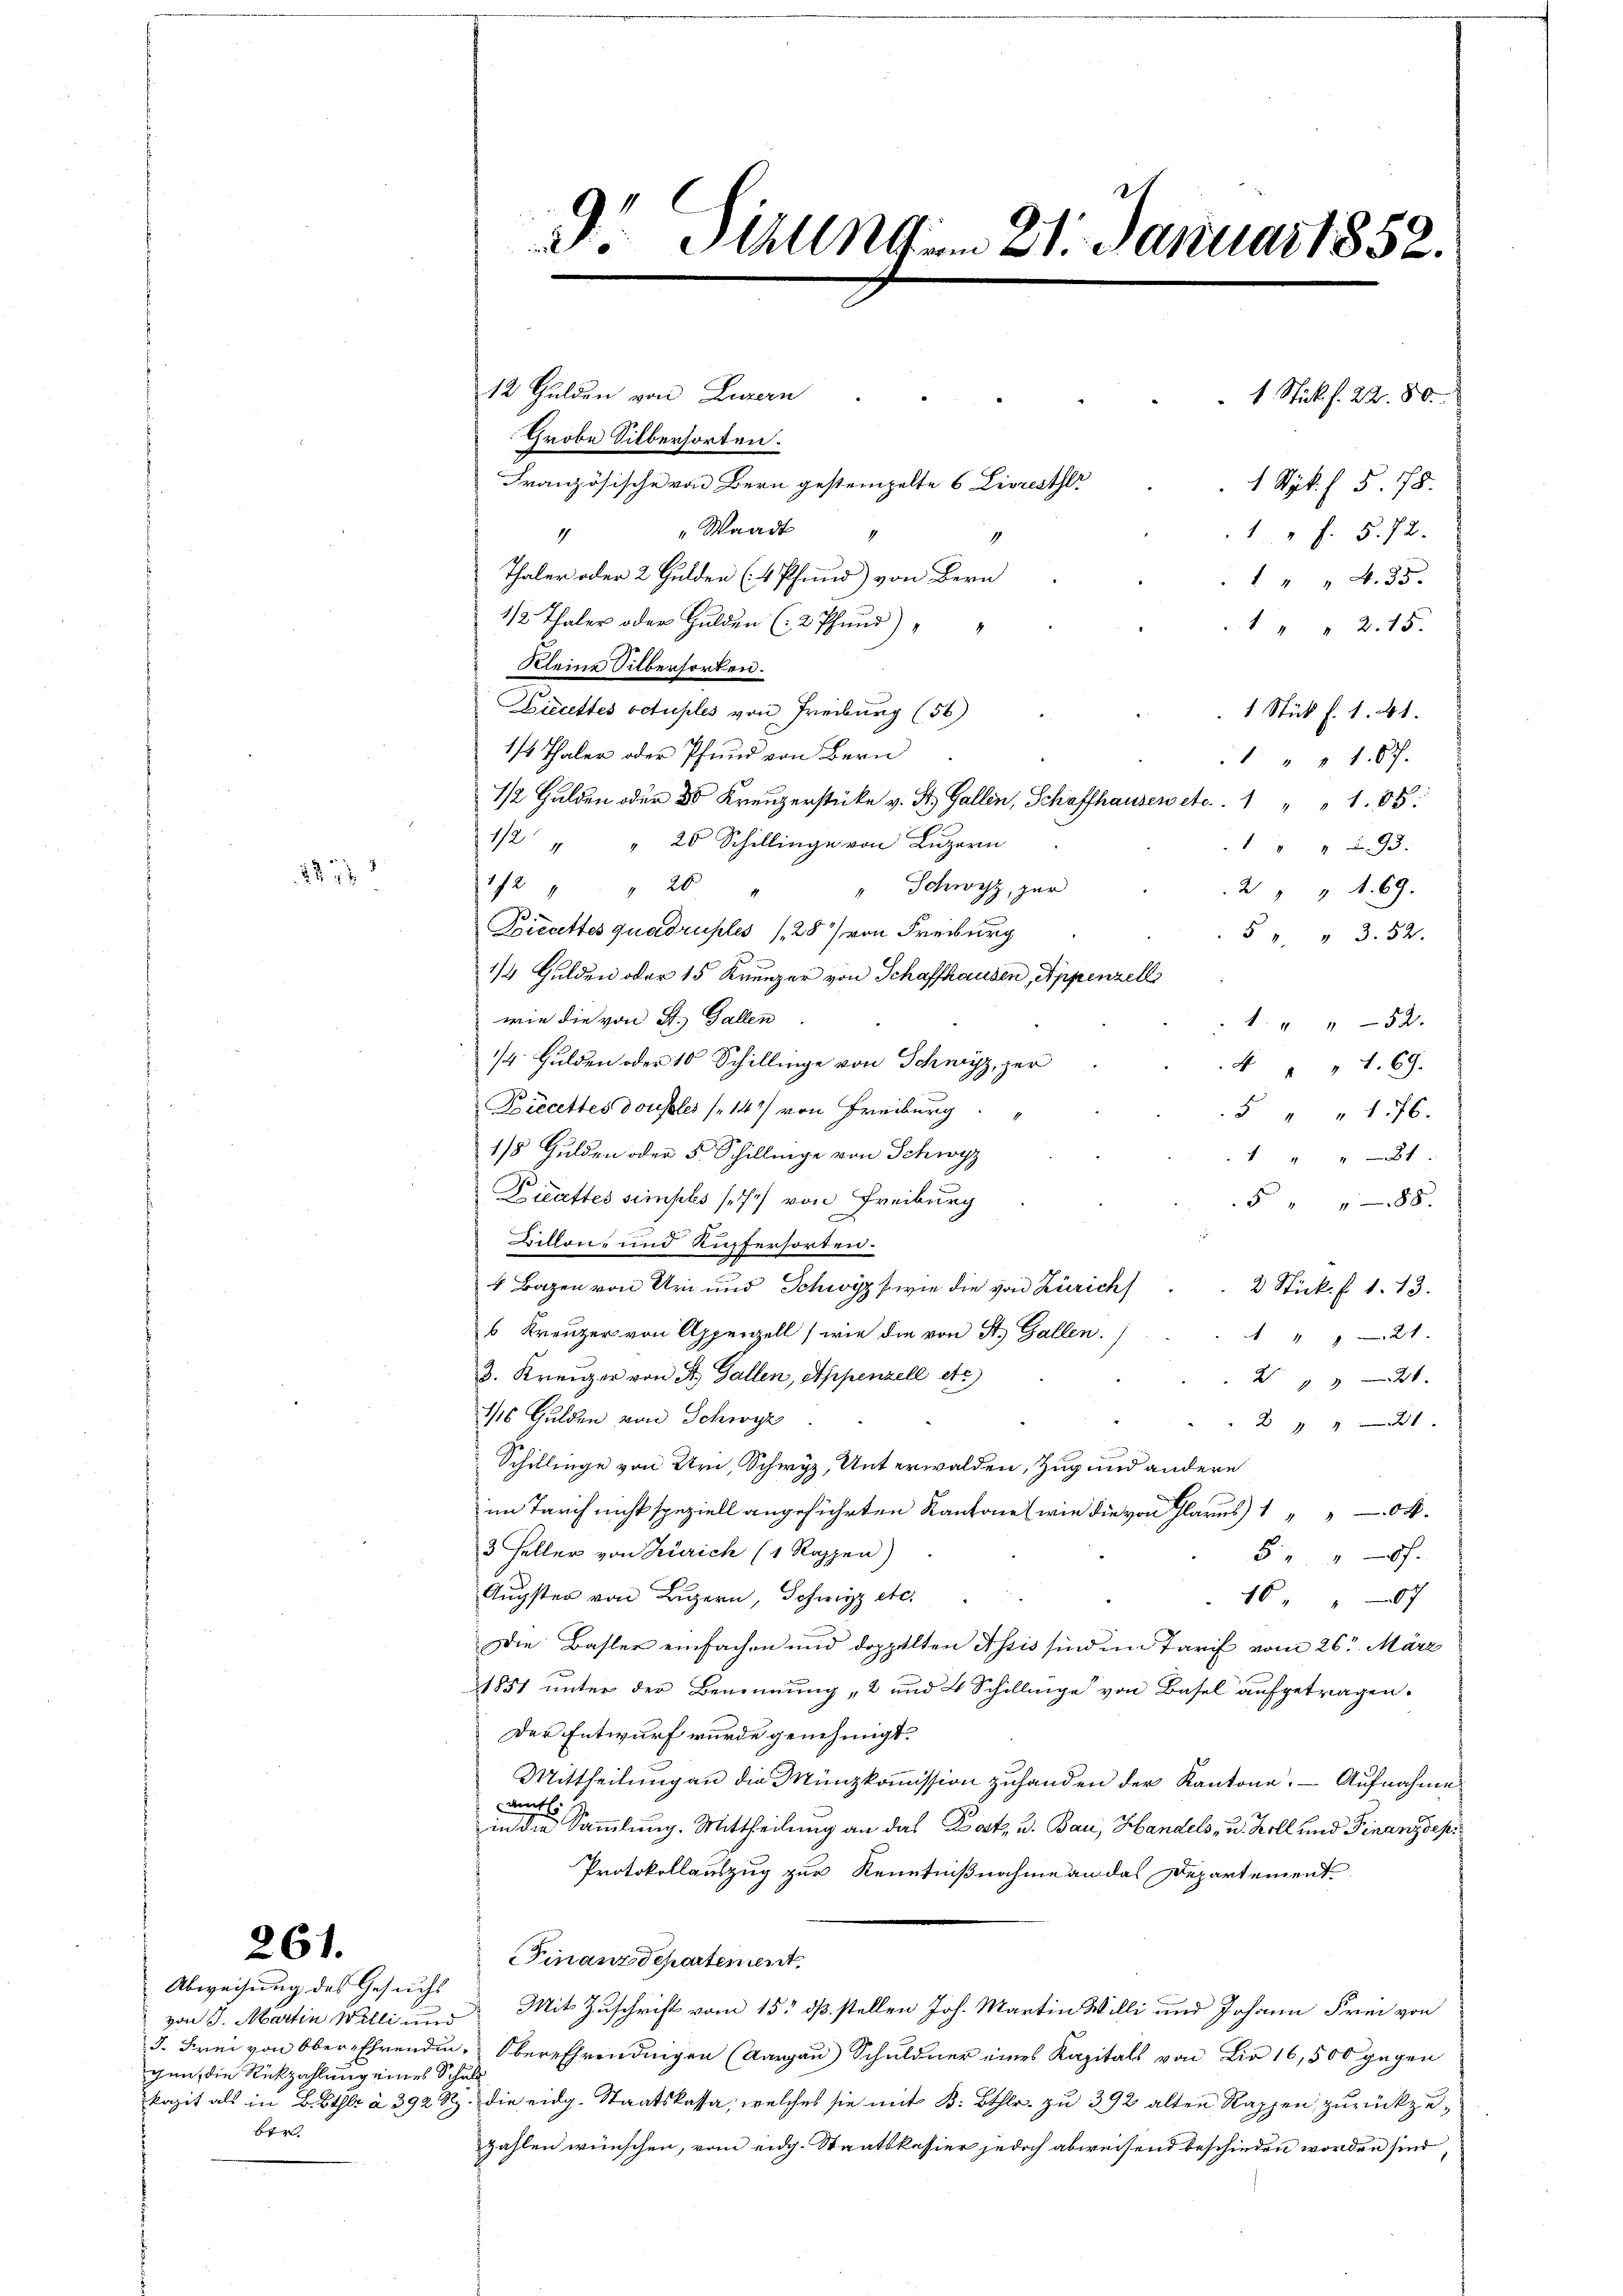
261.

887

Abweisung des Gesuchs
gen, die Rückzahlung eines Schulber

Thaler oder 2 Gulden (4 Pfund) von Bern
1 " " 4.35.
1/2 Thaler oder Gulden (: 2 Pfund)
1 " " 215.
Kleine Silbersorten.
iccettes octuples von Freiburg (56)
1 Stück f. 1. 41.
1/4 Thaler oder Pfund von Bern
1 " " 107.
1/2 Gulden oder 30 Kreuzerstücke v. St. Gallen, Schaffhausen etc. . 1 " " 1. 85.
1/2 " " 20 Schillinge von Luzern
1 " " 93.
1/2 x " 20
" Schwyz, zur
2 " " 1. 69.
Biccettes quadruples (28) von Freiburg
5 " " 3. 52.
1/4 Gulden oder 15 Krenzer von Schaffhausen, Appenzell
wie die von St. Gallen
1 " " 52.
¼ Gulden oder 10 Schillinge von Schwyz, zur
4 " " 1. 69.
Biecettes doubles (147/ von Freiburg
5 " " 176.
1/5 Gulden oder 5. Schillinge von Schwyz
 x
Dilattes simples se von Freiburg
5 " " 88
Billon- und Kupfersorten.
4 Bazen von Uri und Schwyz wie die von Zürich
2 Stück. f. 1. 13.
s Kreuzer von Appenzell, wie die von St. Gallen.
 121.
3. Kreuzer von St. Gallen, Appenzell etc)
221.
1/16 Gulden von Schwyz
221.
Schillinge von Uri, Schwyz, Unterwalden, Zug und andere
im Tarif nicht speziell angeführten Kantone (wie die von Glarus 1 " " 04.
3 Feller von Zürich (1 Rappen)
5 " " f
Augster von Luzern, Schwyz etc.
1607
Die Basler einfachen und doppelten Assis sind in Tarif vom 26t März
1851 unter der Benennung „2 und 4 Schillinge von Basel aufgetragen.
Der Entwurf wurde genehmigt.
Mittheilung an die Münzkommission zuhanden der Kantone. Aufnahme
amtli
in die Sammlung. Mittheilung an das Dort, u. Bau, Handels- u. Zoll und Finanzdepi
Protokollauszug zur Kenntnißnahme an das Departement
Finanz Departement.
von J. Martin Willi uns Mit Zuschrift vom 15. dß. stellen Joh. Martin Willi und Johann Frei von
3. Frei von Ober-Ehrendin, Obereffendungen (Aargau) Schuldner eines Kapitals von Dir 16,500 gegen
kazit als in Bethlr à 392 Rp. die eidg. Staatskassa, welches sie mit B: Bthlr. zu 392 alten Rappen zurückzuzahlen wünschen, vom eidg. Staatskassier jedoch abweisend beschieden worden sind,

9. Sizung ... 21. Januar 1852.
12 Gulden von Luzern
1 Stück f. 22. 80.
Grobe Silbersorten.
Französische von Bern gestempelte 6 Livresther
1 Syk. / 5. 78.
" Waadt
1 " F. S. 72.
4
4